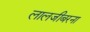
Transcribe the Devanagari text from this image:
लालजीबरना